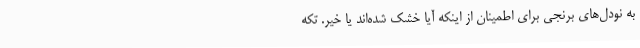
به نودل‌های برنجی برای اطمینان از اینکه آیا خشک شده‌اند یا خیر. تکه